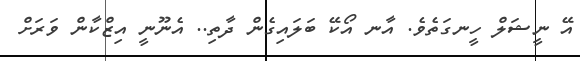
އޭ ނީޝަލް ހީނގަތެވެ. އާނ އޯކޭ ބަލައިގެން ދާތި.. އެނޫނީ އިޒްކާން ވަރަށް